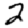
Digit: 2